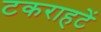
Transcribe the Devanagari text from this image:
टकराहटें